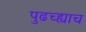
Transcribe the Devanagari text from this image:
पुढच्ह्याच